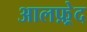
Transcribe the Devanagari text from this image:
आलफ़्रेद